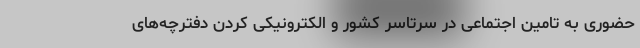
حضوری به تامین اجتماعی در سرتاسر کشور و الکترونیکی کردن دفترچه‌های